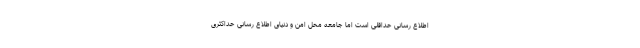
اطلاع رسانی حداقلی است اما جامعه محل امن و دنیای اطلاع رسانی حداکثری